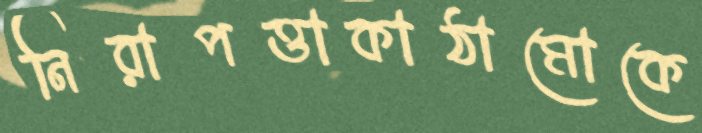
নিরাপত্তাকাঠামোকে